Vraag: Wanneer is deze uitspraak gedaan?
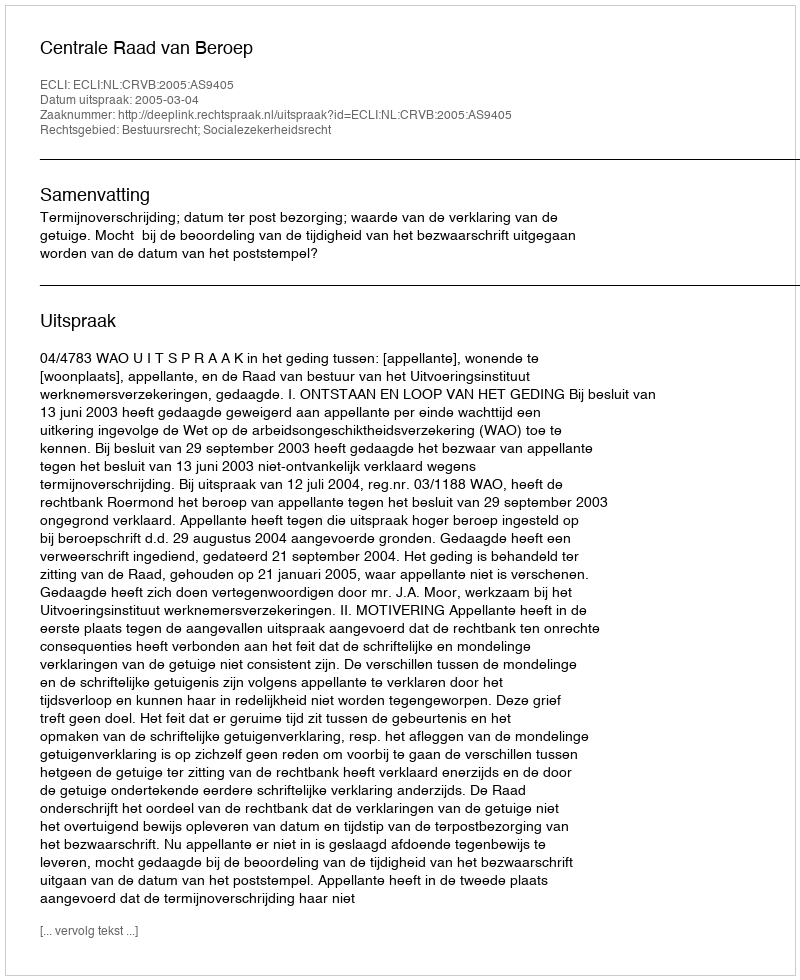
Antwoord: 2005-03-04